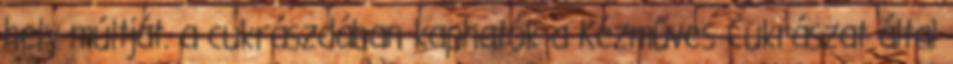
hely múltját. a cukrászdában kaphatók a Kézműves Cukrászat által